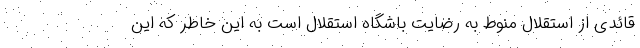
قائدی از استقلال منوط به رضایت باشگاه استقلال است به این خاطر که این